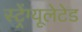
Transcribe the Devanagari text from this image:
स्ट्रेंग्यूलेटेड